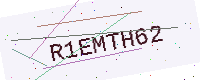
Text: R1EMTH62